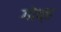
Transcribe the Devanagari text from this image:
गोव्ह